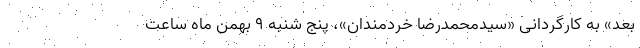
بعد» به کارگردانی «سیدمحمدرضا خردمندان»، پنج شنبه ۹ بهمن ماه ساعت